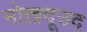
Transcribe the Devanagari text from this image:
नोख़दूउद